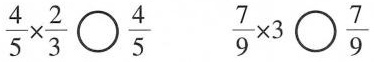
$$\frac { 4 } { 5 } \times \frac { 2 } { 3 } \bigcirc \frac { 4 } { 5 }$$ $$\frac { 7 } { 9 } \times 3 \bigcirc \frac { 7 } { 9 }$$